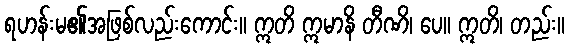
ရဟန်းမ၏အဖြစ်လည်းကောင်း။ ဣတိ ဣမာနိ တီဏိ၊ ပေ။ ဣတိ၊ တည်း။